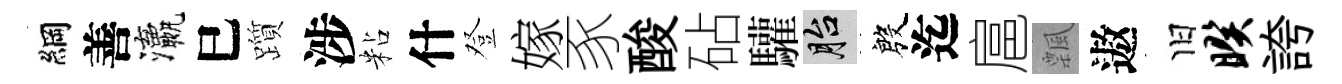
綱善瀛巳躓涉粘什登嫁豕酸砧驩胎殷迄扈飄遨旧暌誇